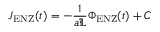
J _ { \mathrm { E N Z } } ( t ) = - \frac { 1 } { a \mathfrak { L } } \Phi _ { \mathrm { E N Z } } ( t ) + C